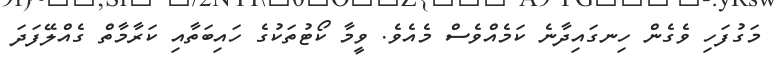
މަގުފަހި ވެގެން ހިނގައިދާނެ ކަމެއްވެސް މެއެވެ. ވީމާ ކޯޓުތަކުގެ ހައިބަތާއި ކަރާމާތް ގެއްލޭފަދަ